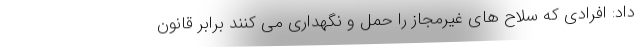
داد: افرادی که سلاح های غیرمجاز را حمل و نگهداری می کنند برابر قانون